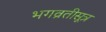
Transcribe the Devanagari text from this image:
भगव्रतीसूत्र